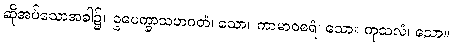
ဆိုအပ်သောအခါ၌။ ဥပေက္ခာသဟဂတံ၊ သော။ ကာမာဝစရံ၊ သော။ ကုသလံ၊ သော။